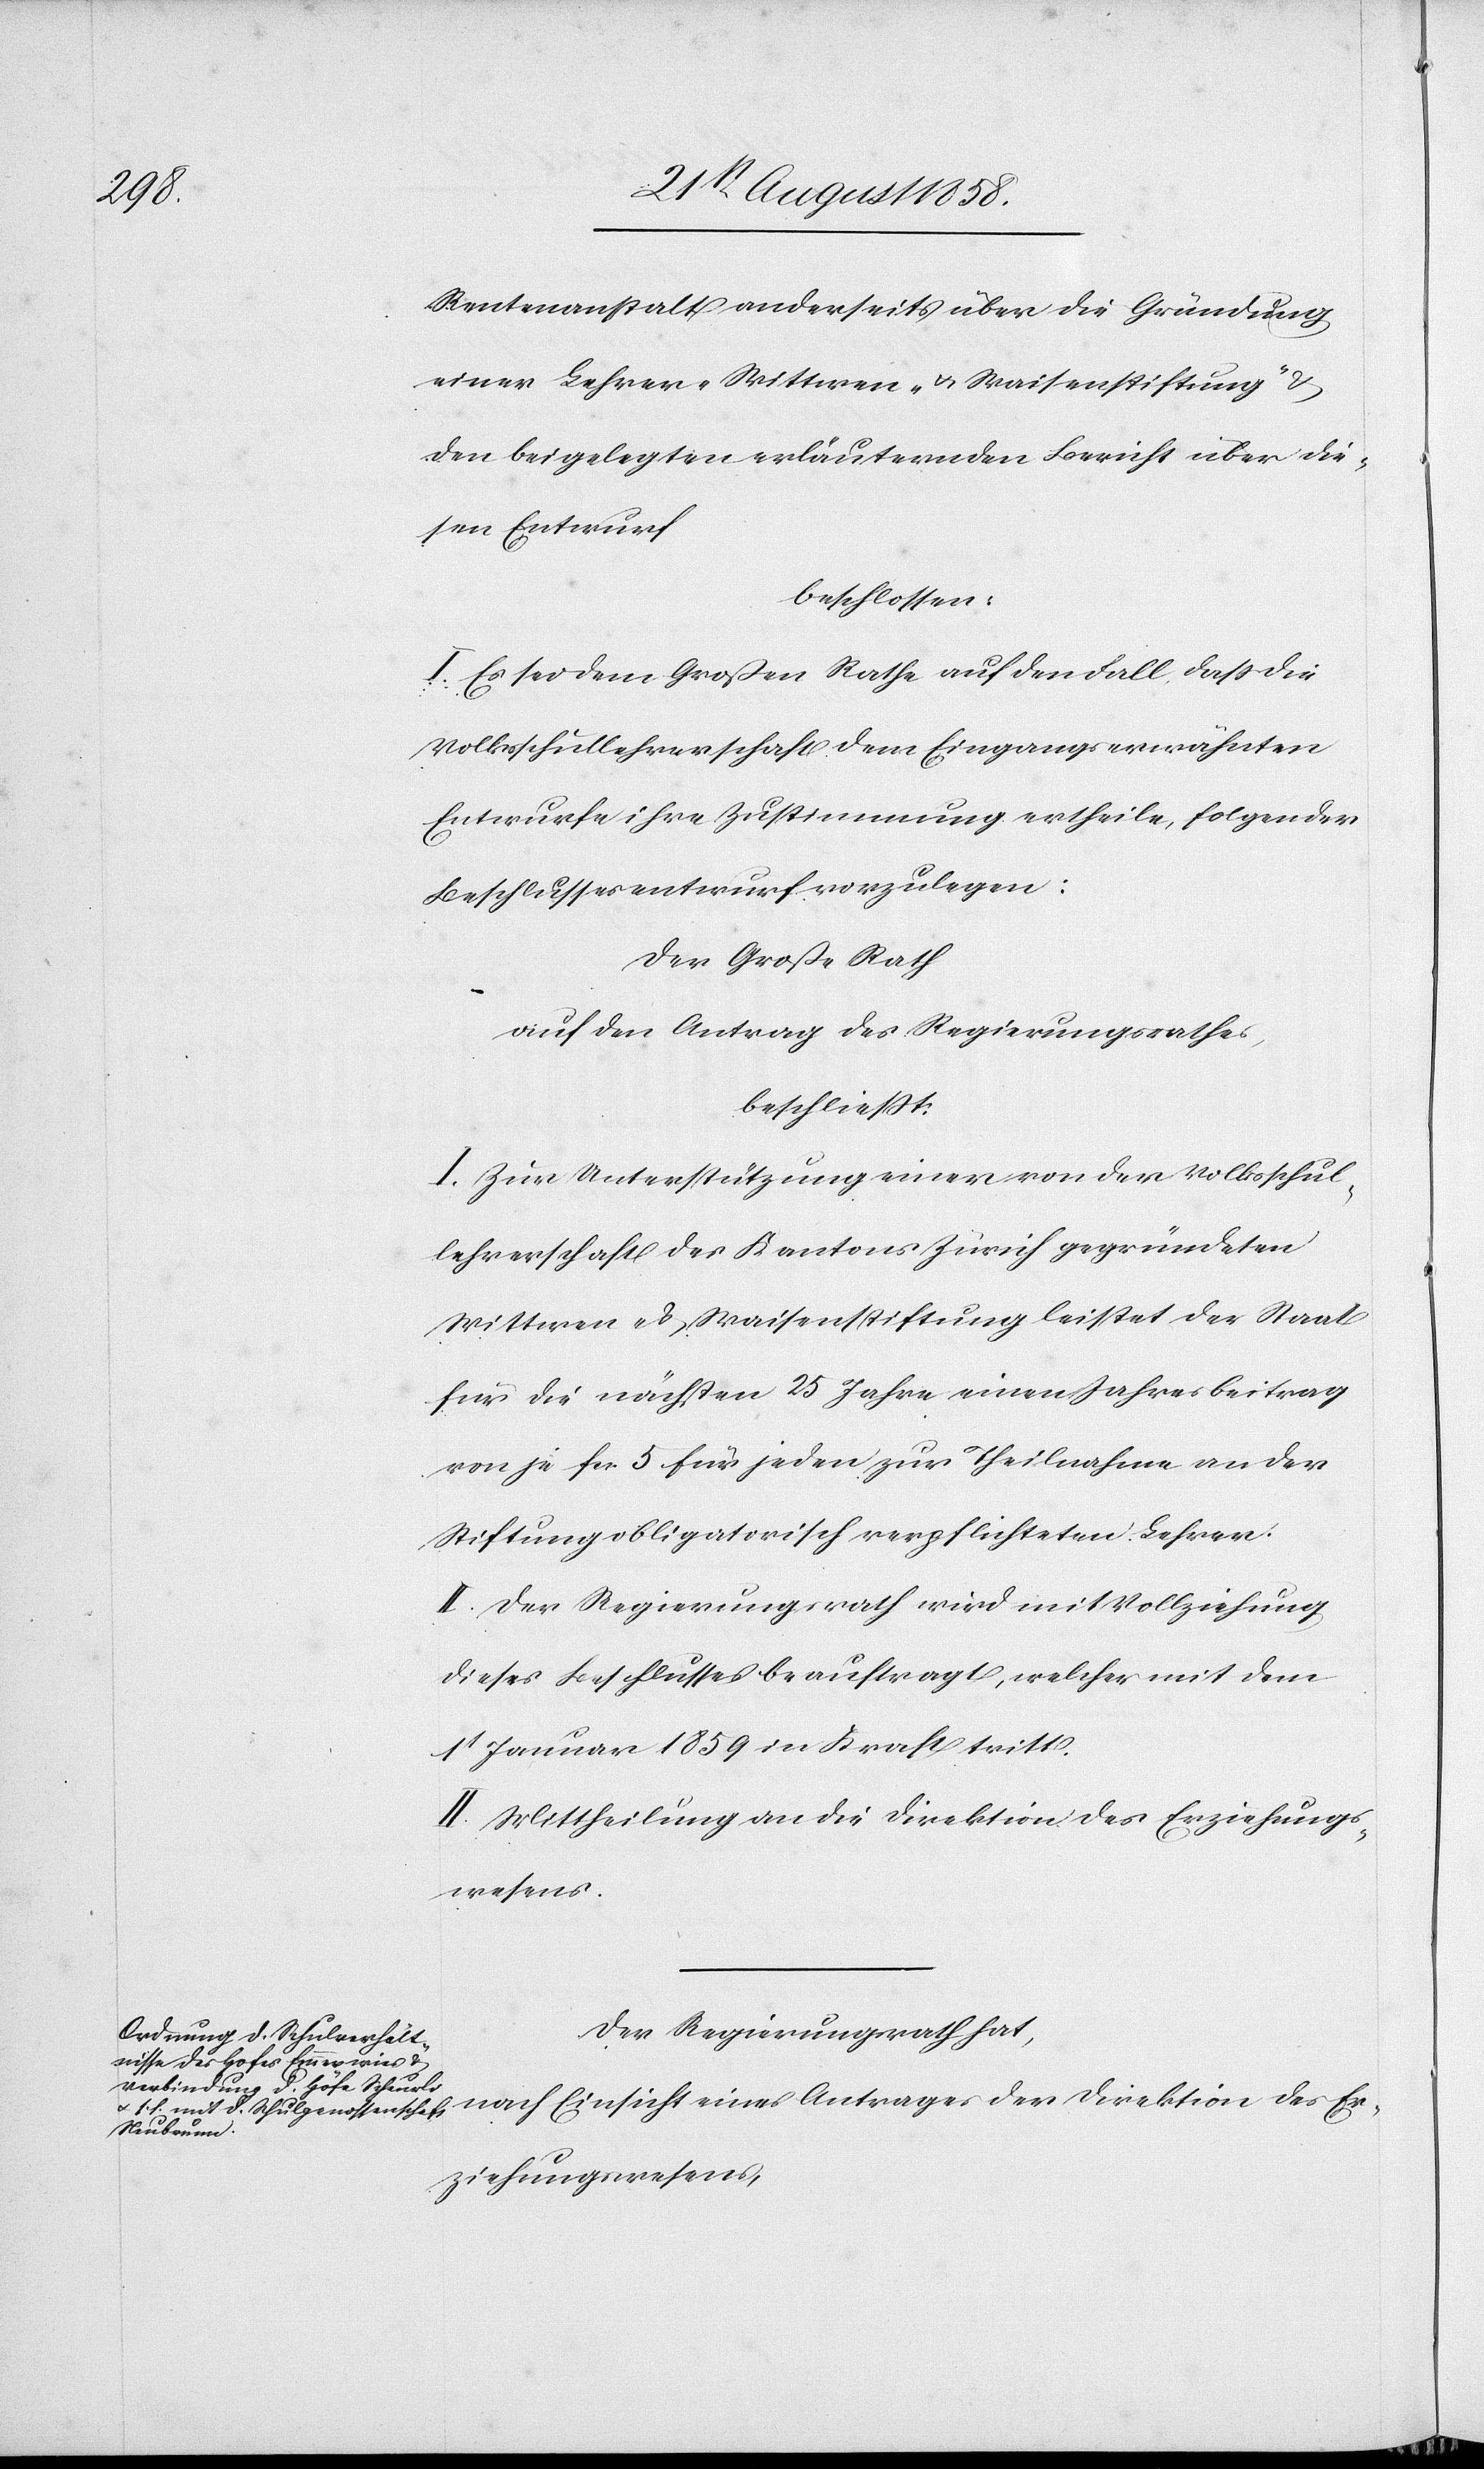
Rentenanstalt anderseits über die Gründung
einer Lehrer-[,] Wittwen- & Waisenstiftung“
den beigelegten erläuternden Bericht über die¬
sen Entwurf
beschlossen:
I. Es sei dem Großen Rathe auf den Fall, dass die
Volksschullehrerschaft dem Eingangs erwähnten
Entwurfe ihre Zustimmung ertheile, folgender
Beschlussesentwurf vorzulegen:
Der Große Rath
auf den Antrag des Regierungsrathes,
beschliesst:
I. Zur Unterstützung einer von der Volksschul¬
lehrerschaft des Kantons Zürich gegründeten
Wittwen- & Waisenstiftung leistet der Staat
für die nächsten 25 Jahre einen Jahresbeitrag
von je fcs. 5 für jeden zur Theilnahme an der
Stiftung obligatorisch verpflichteten Lehrer.
II. Der Regierungsrath wird mit Vollziehung
dieses Beschlusses beauftragt, welcher mit dem
1t Januar 1859 in Kraft tritt.
II. Mittheilung an die Direktion des Erziehungs¬
wesens.
Der Regierungsrath hat,
Direktion
Erziehungswesens,